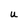
Character: U